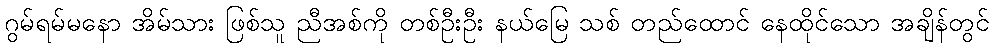
ဂွမ်ရမ်မနော အိမ်သား ဖြစ်သူ ညီအစ်ကို တစ်ဦးဦး နယ်မြေ သစ် တည်ထောင် နေထိုင်သော အချိန်တွင်